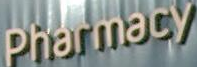
Pharmacy